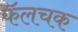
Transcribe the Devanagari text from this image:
फॅलचक